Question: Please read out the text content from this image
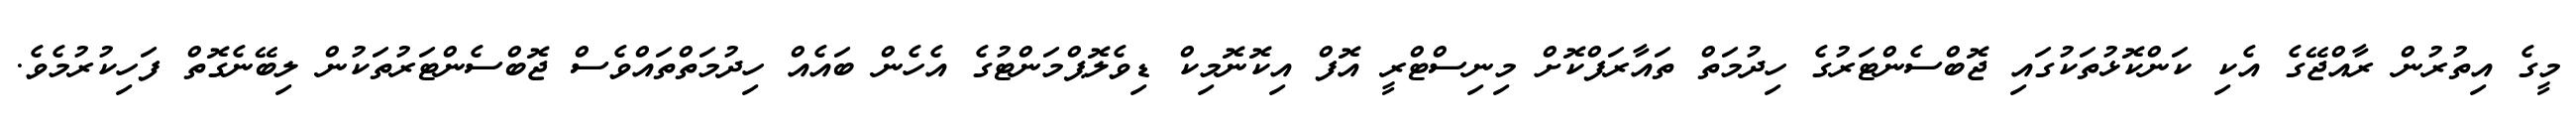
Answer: މީގެ އިތުރުން ރާއްޖޭގެ އެކި ކަންކޮޅުތަކުގައި ޖޮބްސެންޓަރުގެ ހިދުމަތް ތައާރަފްކޮށް މިނިސްޓްރީ އޮފް އިކޮނޮމިކް ޑިވެލޮޕްމަންޓުގެ އެހެން ބައެއް ހިދުމަތްތައްވެސް ޖޮބްސެންޓަރުތަކުން ލިބޭނެގޮތް ފަހިކުރުމެވެ.